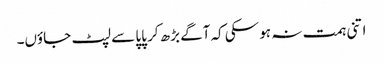
اتنی ہمت نہ ہو سکی کہ آگے بڑھ کر پاپا سے لپٹ جاؤں۔